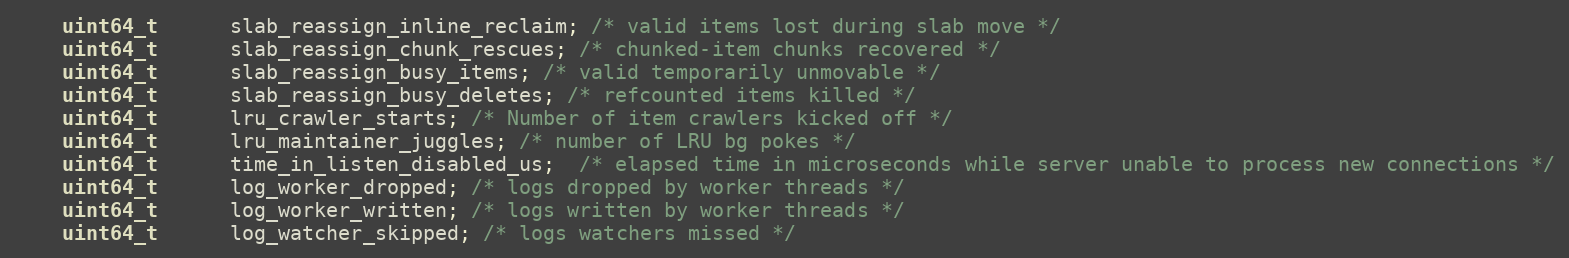
Language: C
    uint64_t      slab_reassign_inline_reclaim; /* valid items lost during slab move */
    uint64_t      slab_reassign_chunk_rescues; /* chunked-item chunks recovered */
    uint64_t      slab_reassign_busy_items; /* valid temporarily unmovable */
    uint64_t      slab_reassign_busy_deletes; /* refcounted items killed */
    uint64_t      lru_crawler_starts; /* Number of item crawlers kicked off */
    uint64_t      lru_maintainer_juggles; /* number of LRU bg pokes */
    uint64_t      time_in_listen_disabled_us;  /* elapsed time in microseconds while server unable to process new connections */
    uint64_t      log_worker_dropped; /* logs dropped by worker threads */
    uint64_t      log_worker_written; /* logs written by worker threads */
    uint64_t      log_watcher_skipped; /* logs watchers missed */